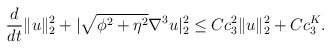
\begin{align*}&\frac{d}{dt}\|u\|^2_2+|\sqrt{\phi^2+\eta^2} \nabla^3 u|^2_2\leq Cc^{2}_3 \|u\|^2_{2}+Cc^{K}_3.\end{align*}